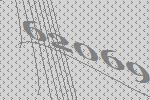
62069